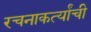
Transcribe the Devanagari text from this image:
रचनाकर्त्यांची